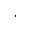
\cdot